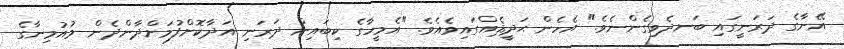
އޭނާގެ ދަރަނީގައި ބަނދެވިގެންނެވެ." އެހެން ޙަދީޘެއްގައިވެއެވެ. "އެމީހާގެ ކިބައިން ދަރަނި އަދާކޮށްފުމަށްދާންދެން މުއުމިނާގެ